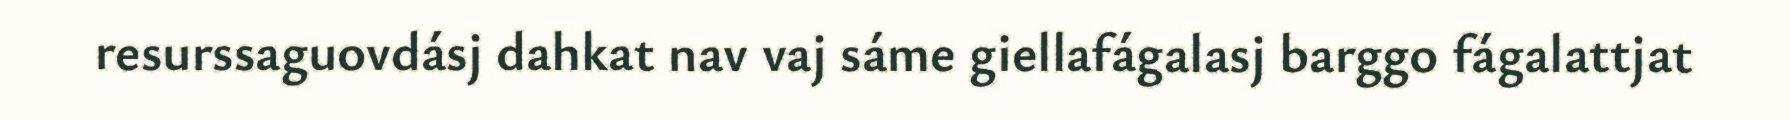
resurssaguovdásj dahkat nav vaj sáme giellafágalasj barggo fágalattjat